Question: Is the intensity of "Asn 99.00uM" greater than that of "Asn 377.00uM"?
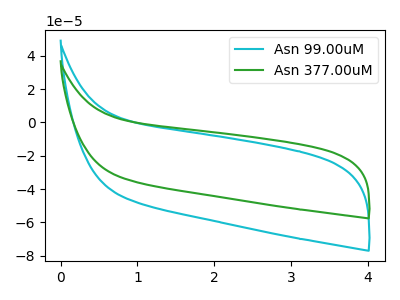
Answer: <think>The cyan curve "Asn 99.00uM" has no peaks. The green curve "Asn 377.00uM" has no peaks.
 Neither "Asn 99.00uM" or "Asn 377.00uM" have any peaks.</think>
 <answer>I cant tell if "Asn 99.00uM" or "Asn 377.00uM" has more signal.</answer>
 <eval>mixed_signal</eval>